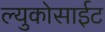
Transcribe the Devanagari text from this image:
ल्युकोसाईट